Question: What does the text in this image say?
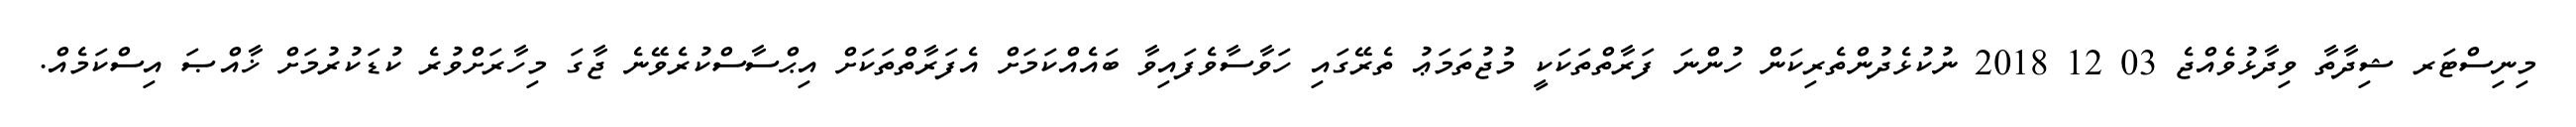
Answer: މިނިސްޓަރ ޝިދާތާ ވިދާޅުވެއްޖެ 03 12 2018 ނުކުޅެދުންތެރިކަން ހުންނަ ފަރާތްތަކަކީ މުޖުތަމަޢު ތެރޭގައި ހަވާސާވެފައިވާ ބައެއްކަމަށް އެފަރާތްތަކަށް އިޙްސާސްކުރެވޭނެ ޖާގަ މިހާރަށްވުރެ ކުޑަކުރުމަށް ޚާއްޞަ އިސްކަމެއް.